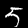
Label: 5